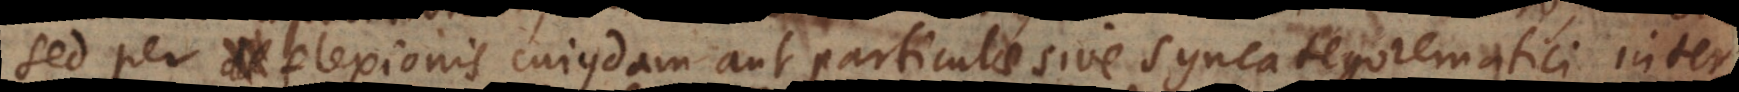
sed per flexionis cujusdam aut particulae sive syncategorematici inter